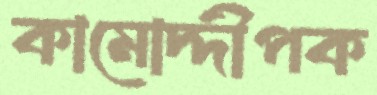
কামোদ্দীপক